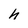
Character: h